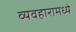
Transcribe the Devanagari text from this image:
व्यवहारामध्ये